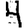
Digit: 4